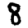
Digit: 8